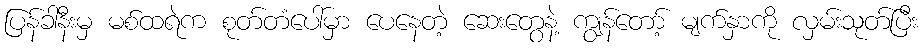
ပြန်ခါနီးမှ မစ်ထရဲက စုတ်တံပေါ်မှာ ပေနေတဲ့ ဆေးတွေနဲ့ ကျွန်တော့် မျက်နှာကို လှမ်းသုတ်ပြီး